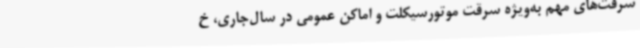
سرقت‌های مهم به‌ویژه سرقت موتورسیکلت و اماکن عمومی در سال‌جاری، خ